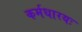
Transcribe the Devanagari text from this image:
कर्मधारयः